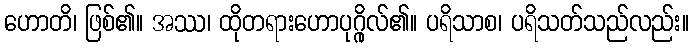
ဟောတိ၊ ဖြစ်၏။ အဿ၊ ထိုတရားဟောပုဂ္ဂိုလ်၏။ ပရိသာစ၊ ပရိသတ်သည်လည်း။